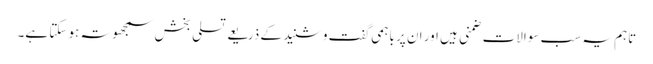
تاہم یہ سب سوالات ضمنی ہیں اور ان پر باہمی گفت وشنید کے ذریعے تسلی بخش سمجھوتہ ہو سکتا ہے۔